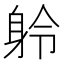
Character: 䠲